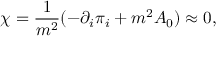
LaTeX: \chi = \frac { 1 } { m ^ { 2 } } ( - \partial _ { i } \pi _ { i } + m ^ { 2 } A _ { 0 } ) \approx 0 ,